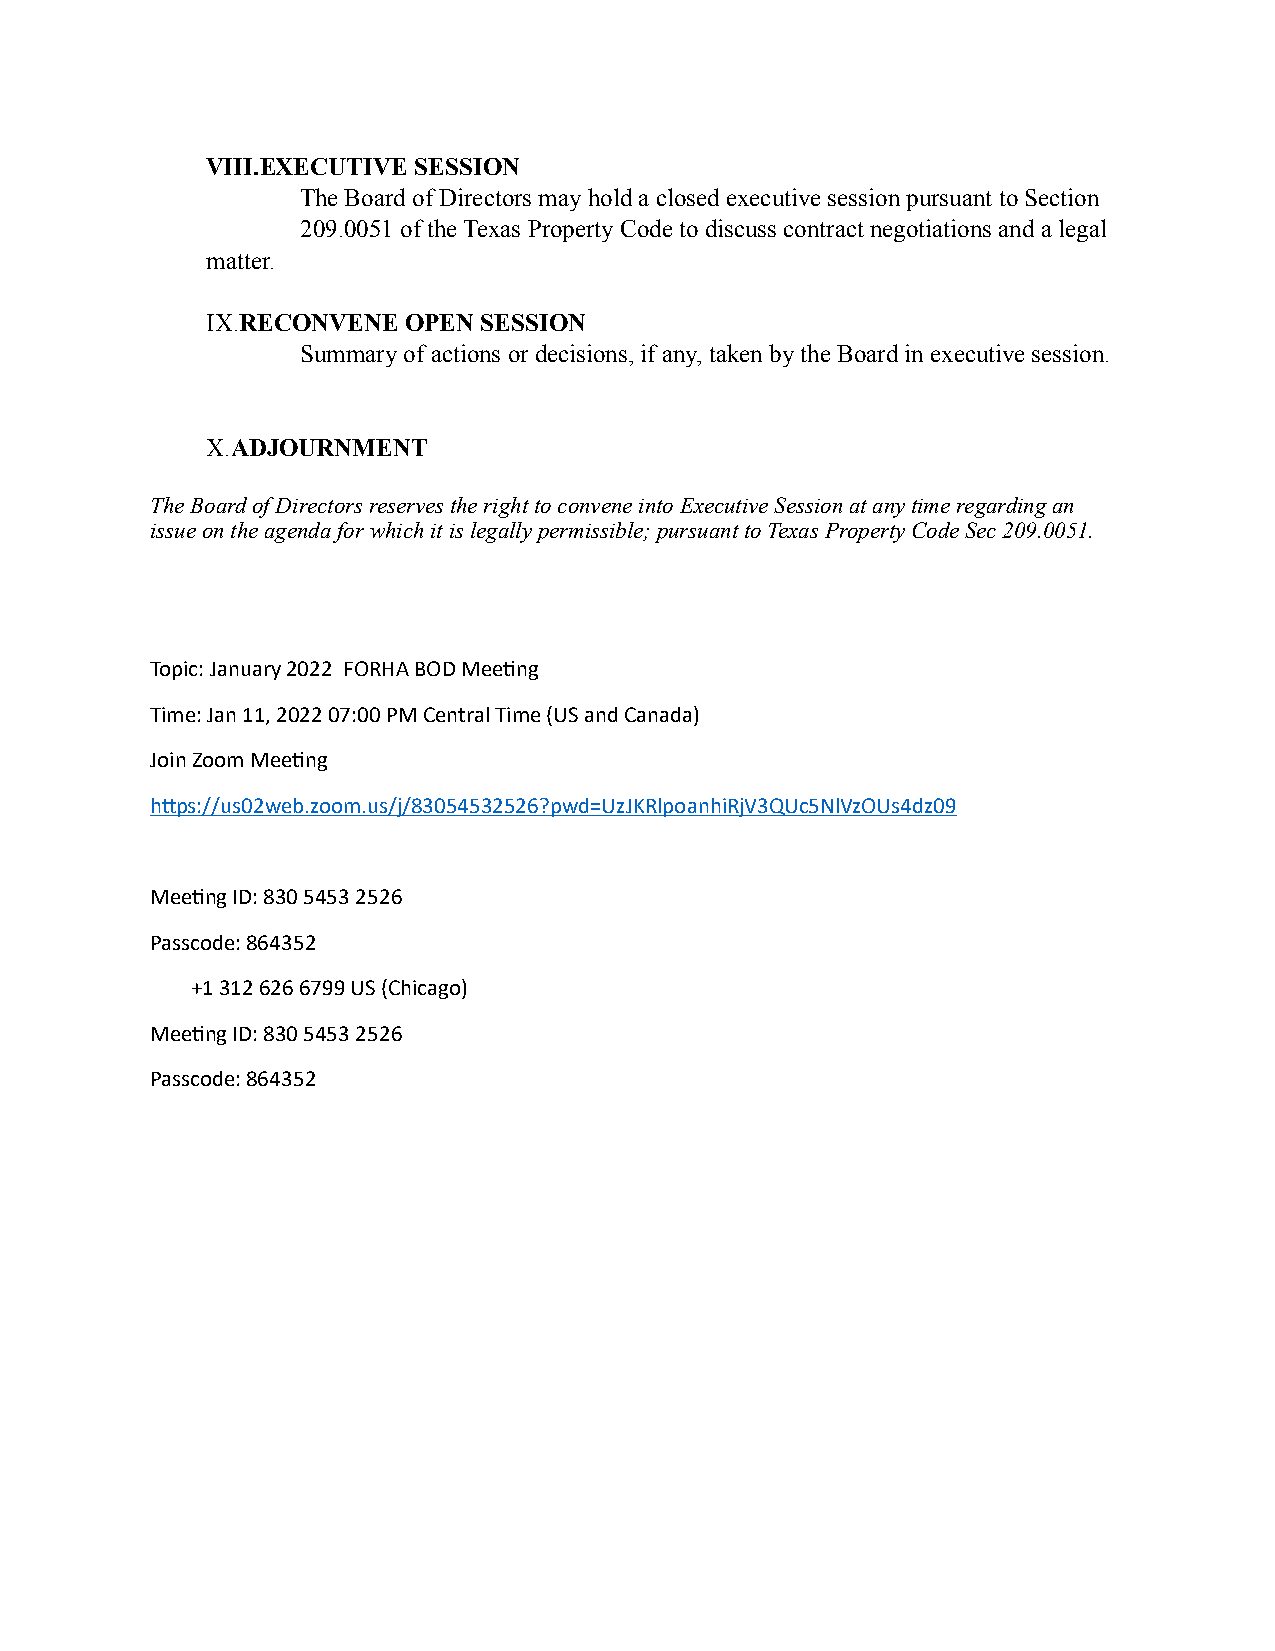
VIII.EXECUTIVE SESSION
 The Board of Directors may hold a closed executive session pursuant to Section
 209.0051 of the Texas Property Code to discuss contract negotiations and a legal
 matter.
 IX.RECONVENE OPEN SESSION
 Summary of actions or decisions, if any, taken by the Board in executive session.
 X.ADJOURNMENT
 The Board of Directors reserves the right to convene into Executive Session at any time regarding an
 issue on the agenda for which it is legally permissible; pursuant to Texas Property Code Sec 209.0051.
 Topic: January 2022 FORHA BOD Mee9ng
 Time: Jan 11, 2022 07:00 PM Central Time (US and Canada)
 Join Zoom Mee9ng
 hJps://us02web.zoom.us/j/83054532526?pwd=UzJKRlpoanhiRjV3QUc5NlVzOUs4dz09
 Mee9ng ID: 830 5453 2526
 Passcode: 864352
 +1 312 626 6799 US (Chicago)
 Mee9ng ID: 830 5453 2526
 Passcode: 864352